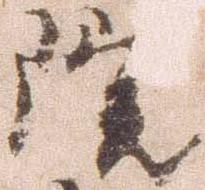
院